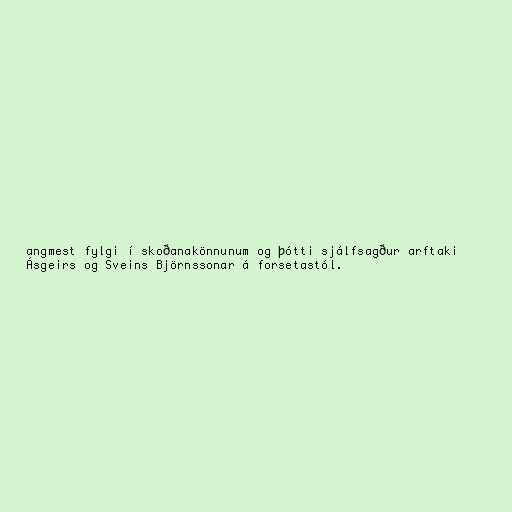
angmest fylgi í skoðanakönnunum og þótti sjálfsagður arftaki
Ásgeirs og Sveins Björnssonar á forsetastól.